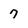
Character: 7